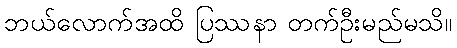
ဘယ်လောက်အထိ ပြဿနာ တက်ဦးမည်မသိ။